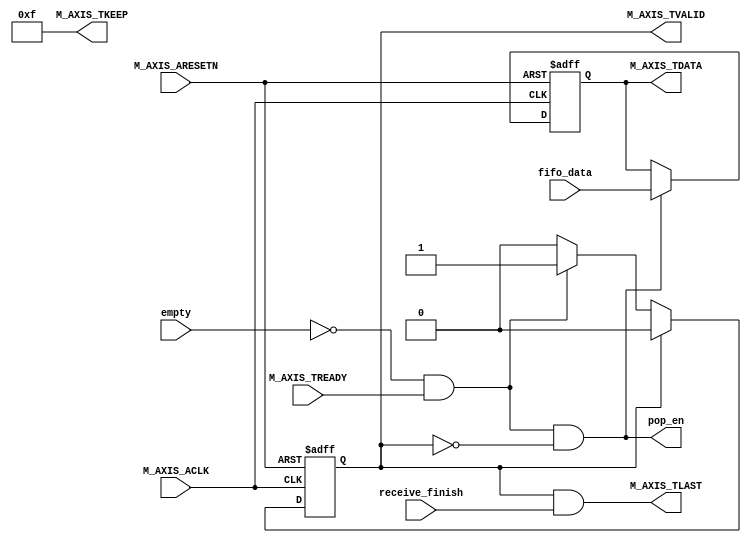
`timescale 1 ns / 1 ps

module myip_new_v1_0_M00_AXIS #
(
    // Users to add parameters here

    // User parameters ends
    // Do not modify the parameters beyond this line

    // Width of S_AXIS address bus. The slave accepts the read and write addresses of width C_M_AXIS_TDATA_WIDTH.
    parameter integer C_M_AXIS_TDATA_WIDTH	= 32
)(
    // Users to add ports here
    output wire [(C_M_AXIS_TDATA_WIDTH/8)-1 : 0] M_AXIS_TKEEP,
    // User ports ends
    // Do not modify the ports beyond this line
    // Global ports
    input wire  M_AXIS_ACLK,
    // 
    input wire  M_AXIS_ARESETN,
    // Master Stream Ports. TVALID indicates that the master is driving a valid transfer, A transfer takes place when both TVALID and TREADY are asserted. 
    output wire  M_AXIS_TVALID,
    // TDATA is the primary payload that is used to provide the data that is passing across the interface from the master.
    output reg  [C_M_AXIS_TDATA_WIDTH-1 : 0] M_AXIS_TDATA,    
    // TLAST indicates the boundary of a packet.
    output wire  M_AXIS_TLAST,
    // TREADY indicates that the slave can accept a transfer in the current cycle.
    input wire  M_AXIS_TREADY,
    // fifo
    input  wire empty,
    input  wire [C_M_AXIS_TDATA_WIDTH-1 : 0] fifo_data,
    output wire pop_en,  
    // info from slave side
    input  wire receive_finish
);

localparam IDLE = 0;
localparam SEND = 1;

reg state, next_state;

always @(*) begin
    case(state)
        IDLE:       next_state = (!empty && M_AXIS_TREADY) ? SEND : IDLE;
        default:    next_state = IDLE;
    endcase
end

always @(posedge M_AXIS_ACLK or negedge M_AXIS_ARESETN) begin
    if(!M_AXIS_ARESETN) begin
        state <= IDLE;
    end else begin
        state <= next_state;
    end
end

//output signals
assign M_AXIS_TLAST = (state == SEND && receive_finish); // test
assign M_AXIS_TKEEP = {C_M_AXIS_TDATA_WIDTH/8{1'b1}};
assign M_AXIS_TVALID = (state == SEND);
assign pop_en = (!empty && M_AXIS_TREADY && state == IDLE);
always @(posedge M_AXIS_ACLK or negedge M_AXIS_ARESETN) begin
    if(!M_AXIS_ARESETN) begin
        M_AXIS_TDATA <= 0;
    end else if(pop_en) begin
        M_AXIS_TDATA <= fifo_data;
    end
end

// function called clogb2 that returns an integer which has the                      
// value of the ceiling of the log base 2.                                           
function integer clogb2 (input integer bit_depth);                                   
    begin                                                                              
    for(clogb2=0; bit_depth>0; clogb2=clogb2+1)                                      
        bit_depth = bit_depth >> 1;                                                    
    end                                                                                
endfunction                                                                          
                                                                  
endmodule